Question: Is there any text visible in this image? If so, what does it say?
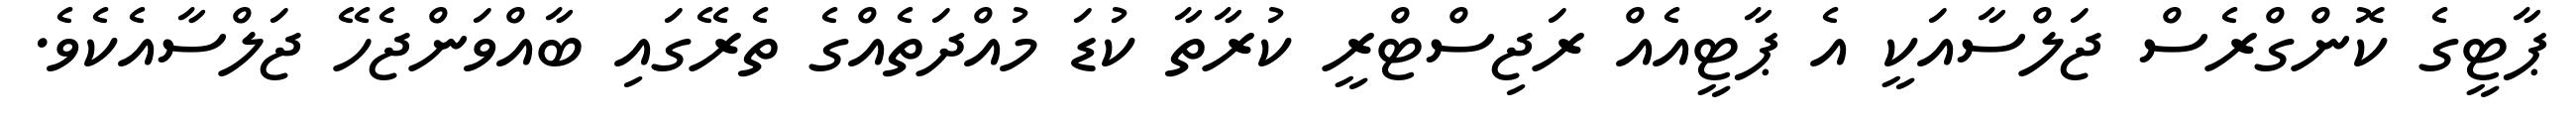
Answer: ޕާޓީގެ ކޮންގްރެސް ޖަލްސާއަކީ އެ ޕާޓީއެއް ރަޖިސްޓްރީ ކުރާތާ ކުޑަ މުއްދަތެއްގެ ތެރޭގައި ބާއްވަންޖެހޭ ޖަލްސާއެކެވެ.